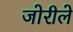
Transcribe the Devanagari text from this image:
जोरीले